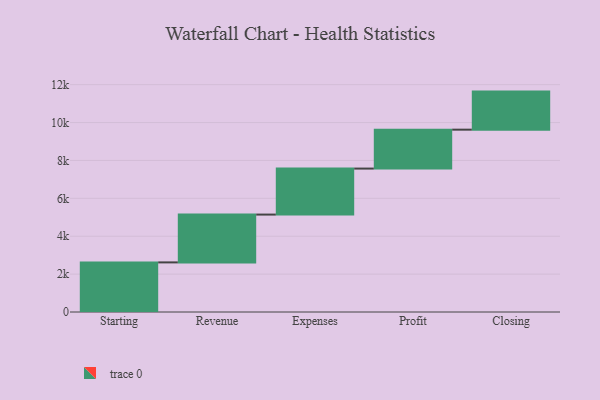
{"axis": {"x": "Step", "y": "Value"}, "legend": [""], "data": [{"x": "Starting", "y": 2618.0, "type": ""}, {"x": "Revenue", "y": 2524.0, "type": ""}, {"x": "Expenses", "y": 2428.0, "type": ""}, {"x": "Profit", "y": 2054.0, "type": ""}, {"x": "Closing", "y": 2009.0, "type": ""}]}